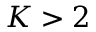
K > 2